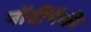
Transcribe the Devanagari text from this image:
नोंदींपैकी